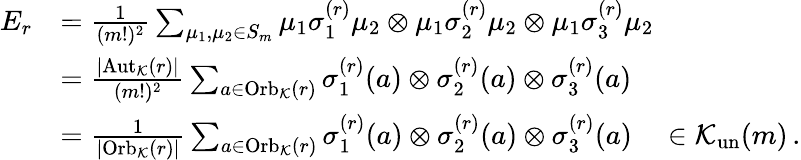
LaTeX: \begin{array}{rl}{E_{r}}&{=\frac{1}{(m!)^{2}}\sum_{\mu_{1},\mu_{2}\in S_{m}}\mu_{1}\sigma_{1}^{(r)}\mu_{2}\otimes\mu_{1}\sigma_{2}^{(r)}\mu_{2}\otimes\mu_{1}\sigma_{3}^{(r)}\mu_{2}}\\ &{=\frac{|\mathrm{Aut}_{\mathcal{K}}(r)|}{(m!)^{2}}\sum_{a\in\mathrm{Orb}_{\mathcal{K}}(r)}\sigma_{1}^{(r)}(a)\otimes\sigma_{2}^{(r)}(a)\otimes\sigma_{3}^{(r)}(a)}\\ &{=\frac{1}{|\mathrm{Orb}_{\mathcal{K}}(r)|}\sum_{a\in\mathrm{Orb}_{\mathcal{K}}(r)}\sigma_{1}^{(r)}(a)\otimes\sigma_{2}^{(r)}(a)\otimes\sigma_{3}^{(r)}(a)\quad\in\mathcal{K}_{\mathrm{un}}(m)\, .}\end{array}